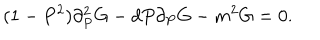
( 1 - P ^ { 2 } ) \partial _ { P } ^ { 2 } G - d P \partial _ { P } G - m ^ { 2 } G = 0 .